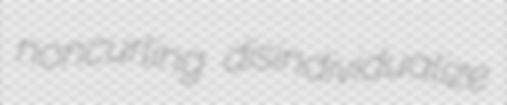
noncurling disindividualize